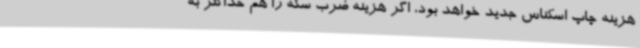
هزینه چاپ اسکناس جدید خواهد بود، اگر هزینه ضرب سکه را هم حداکثر به